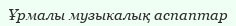
Ұрмалы музыкалық аспаптар